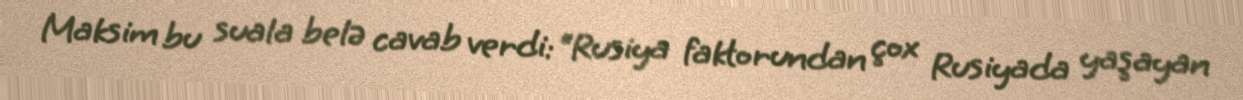
Maksim bu suala belə cavab verdi: “Rusiya faktorundan çox Rusiyada yaşayan